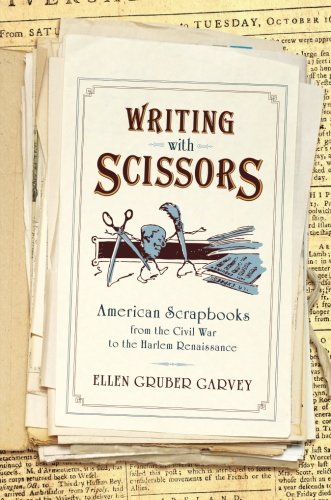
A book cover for Writing with Scissors: American Scrapbooks from the Civil War to the Harlem Renaissance; Ellen Gruber Garvey; Crafts, Hobbies & Home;